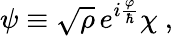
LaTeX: \psi\equiv\sqrt{\rho}\, e^{i\frac\varphi\hbar}\chi\ ,